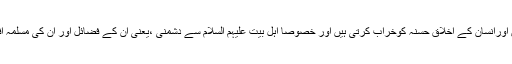
”حقیقت میں ذاتی دشمنیاں عقلِ سلیم کو نقصان پہنچاتی ہیں اورانسان کے اخلاقِ حسنہ کوخراب کرتی ہیں اور خصوصاً اہلِ بیت علیہم السلام سے دشمنی ،یعنی اُن کے فضائل اور اُن کی مسلّمہ افضلیت کو دوسروں کے مقابلہ میں جھگڑے کاباعث بنانا۔